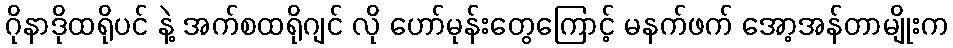
ဂိုနာဒိုထရိုပင် နဲ့ အက်စထရိုဂျင် လို ဟော်မုန်းတွေကြောင့် မနက်ဖက် အော့အန်တာမျိုးက